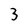
Character: 3